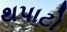
થપાટો